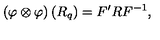
\left( \varphi \otimes \varphi \right) \left( R _ { q } \right) = F ^ { \prime } R F ^ { - 1 } ,